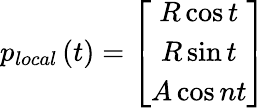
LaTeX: p_{local}\left(t\right)=\left[\begin{array}{c}{R\cos t}\\ {R\sin t}\\ {A\cos nt}\end{array}\right]